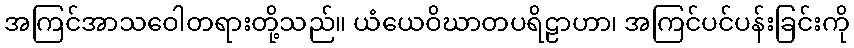
အကြင်အာသဝေါတရားတို့သည်။ ယံယေဝိဃာတပရိဠာဟာ၊ အကြင်ပင်ပန်းခြင်းကို